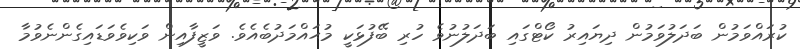
ކުރައްވަމުން ބަދަލުވަމުން ދިޔައިރު ކޯޓްގައި ބަދަލުނުވެ ހުރި ބޭފުޅަކީ މުޙައްމަދުބެއެވެ. ވަޒީފާއިން ވަކިވެވަޑައިގެންނެވުމާ